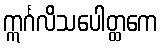
ဣင်္ဂလိသပေါတ္ထကေ